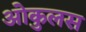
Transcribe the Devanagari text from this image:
ओकुलस